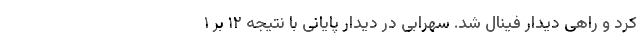
کرد و راهی دیدار فینال شد. سهرابی در دیدار پایانی با نتیجه ۱۲ بر ۱